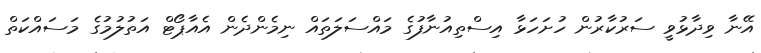
އޭނާ ވިދާޅުވީ ސަރުކާރުން ހުށަހަޅާ އިސްތިއުނާފުގެ މައްސަލަތައް ނިމެންދެން އެއާޕޯޓް އަތުލުމުގެ މަސައްކަތް